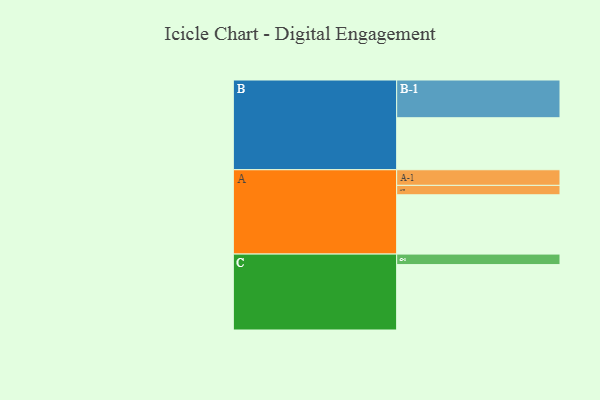
{"axis": {"x": "Segment", "y": "Value"}, "legend": ["", "A", "B", "C"], "data": [{"x": "A", "y": 429, "type": ""}, {"x": "B", "y": 376, "type": ""}, {"x": "C", "y": 473, "type": ""}, {"x": "A-1", "y": 113, "type": "A"}, {"x": "A-2", "y": 68, "type": "A"}, {"x": "B-1", "y": 273, "type": "B"}, {"x": "C-1", "y": 76, "type": "C"}]}